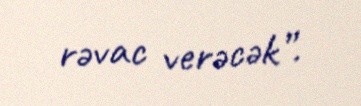
rəvac verəcək”.